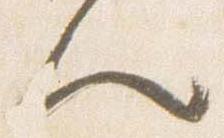
人